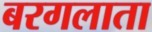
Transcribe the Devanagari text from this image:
बरगलाता